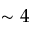
\sim 4